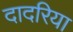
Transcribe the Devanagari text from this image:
दादरिया